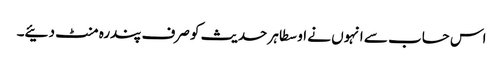
اس حساب سے انہوں نے اوسطا ہر حدیث کو صرف پندرہ منٹ دئیے۔